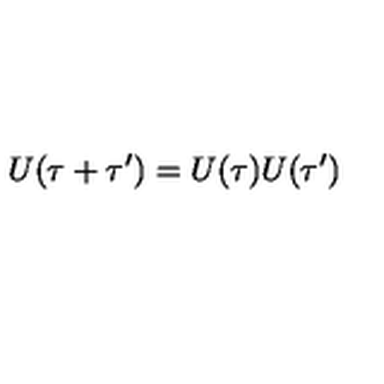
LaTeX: U ( \tau + \tau ^ { \prime } ) = U ( \tau ) U ( \tau ^ { \prime } )